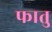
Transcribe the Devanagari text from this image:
फातु